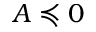
A \preccurlyeq 0